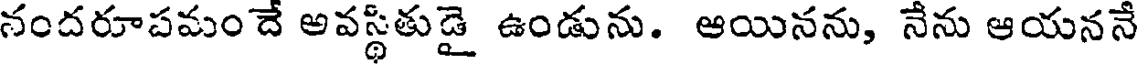
నందరూపమం దే అవస్థితుడై ఉండును. ఆయినను, నేను ఆయననే